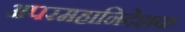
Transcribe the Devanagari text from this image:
अपरमहानिदेशक